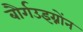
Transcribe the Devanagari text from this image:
बौर्गउइग्नोंन